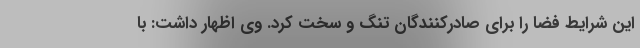
این شرایط فضا را برای صادرکنندگان تنگ و سخت کرد. وی اظهار داشت: با